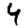
Digit: 4